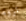
تروه